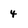
Character: 4